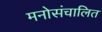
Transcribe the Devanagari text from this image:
मनोसंचालित